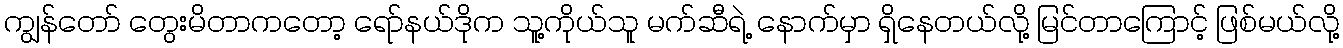
ကျွန်တော် တွေးမိတာကတော့ ရော်နယ်ဒိုက သူ့ကိုယ်သူ မက်ဆီရဲ့ နောက်မှာ ရှိနေတယ်လို့ မြင်တာကြောင့် ဖြစ်မယ်လို့